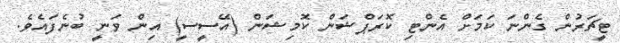
ޓީޗަރުން ގެންނަ ކަމަށް އެންޓި ކޮރަޕްޝަން ކޮމިޝަން (އޭސީސީ) އިން ވަނީ ބުނެފައެވެ.